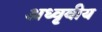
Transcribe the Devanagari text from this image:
अध्वृवीय